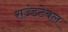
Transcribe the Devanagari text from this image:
राउंडटेबल